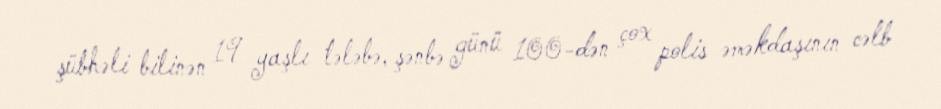
şübhəli bilinən 19 yaşlı tələbə, şənbə günü 100-dən çox polis əməkdaşının cəlb